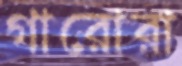
গারোরা